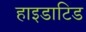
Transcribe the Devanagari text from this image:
हाइडाटिड